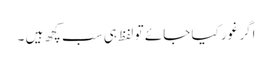
اگر غور کیا جائے تو لفظ ہی سب کچھ ہیں ۔